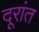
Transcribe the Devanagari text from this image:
दूरांत